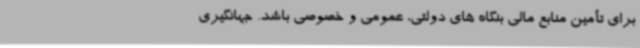
برای تأمین منابع مالی بنگاه های دولتی، عمومی و خصوصی باشد. جهانگیری